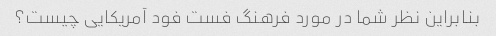
بنابراین نظر شما در مورد فرهنگ فست فود آمریکایی چیست؟